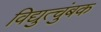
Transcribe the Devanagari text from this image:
विद्युत्चुंबक